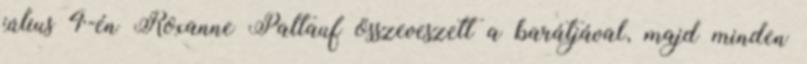
július 4-én Roxanne Paltauf összeveszett a barátjával, majd minden